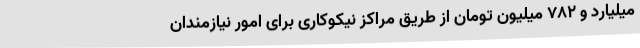
میلیارد و 782 میلیون تومان از طریق مراکز نیکوکاری برای امور نیازمندان